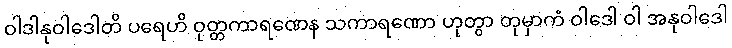
ဝါဒါနုဝါဒေါတိ ပရေဟိ ဝုတ္တကာရဏေန သကာရဏော ဟုတွာ တုမှာကံ ဝါဒေါ ဝါ အနုဝါဒေါ